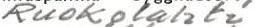
Ruokolahti